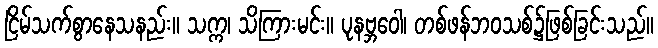
ငြိမ်သက်စွာနေသနည်း။ သက္က၊ သိကြားမင်း။ ပုနဗ္ဘဝေါ၊ တစ်ဖန်ဘဝသစ်၌ဖြစ်ခြင်းသည်။